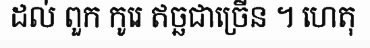
ដល់ ពួក កូរេ ឥច្ឆជាច្រើន ។ ហេតុ